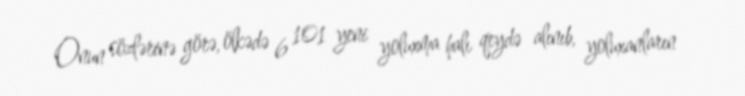
Onun sözlərinə görə, ölkədə 6 101 yeni yoluxma halı qeydə alınıb, yoluxanların